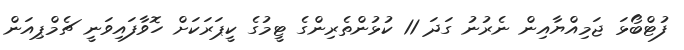
ފުޓްބޯޅަ ޖަމިއްޔާއިން ނެރުނު ގަދަ 11 ކުޅުންތެރިންގެ ޓީމުގެ ކީޕަރަކަށް ހޮވާފައިވަނީ ޗެމްޕިއަން